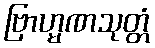
ဗြာဟ္မဏသုတ္တံ